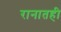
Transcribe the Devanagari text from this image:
रानातही